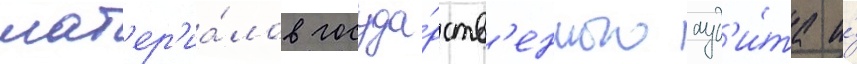
мат'ер'иа́лов госуда́рств'енного ауд'и́та и́